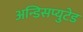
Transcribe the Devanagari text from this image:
अन्डिसप्युटेड